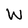
Character: W